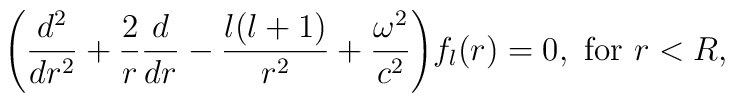
\displaystyle{\left( \frac{d^2}{dr^2}+  \frac{2}{r}  \frac{d}{dr} - \frac{l(l+1)}{r^2}  + \frac{\omega^2}{c^2} \right)} f_l(r)=0, \ {\rm for} \ r<R,